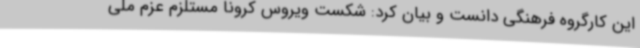
این کارگروه فرهنگی دانست و بیان کرد: شکست ویروس کرونا مستلزم عزم ملی